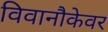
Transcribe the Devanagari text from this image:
विवानौकेवर